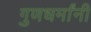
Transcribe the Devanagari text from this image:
गुणधर्मांनी